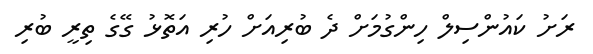
ރަށު ކައުންސިލް ހިންގުމަށް ދެ ބުރިއަށް ހުރި އަތޮޅު ގޭގެ ތިރީ ބުރި